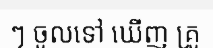
ៗ ចូលទៅ ឃើញ គ្រូ